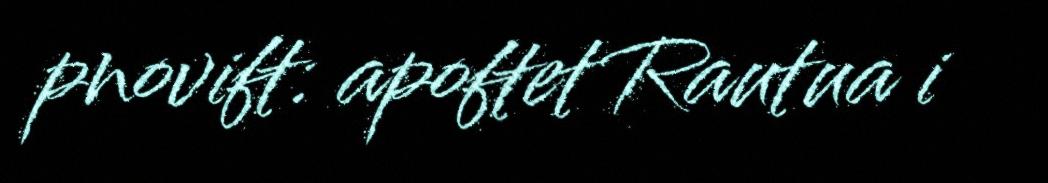
pnovift: apoftet Rautua i